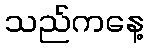
သည်ကနေ့